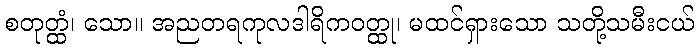
စတုတ္ထံ၊ သော။ အညတရကုလဒါရိကဝတ္ထု၊ မထင်ရှားသော သတို့သမီးငယ်